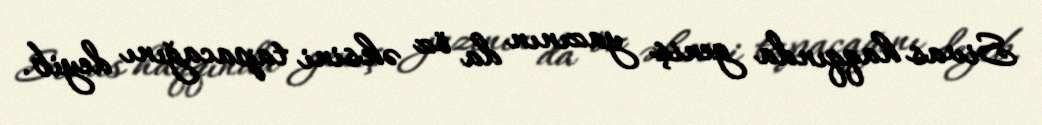
Sivas haqqında geniş yazının da öz əksini tapacağını deyib.